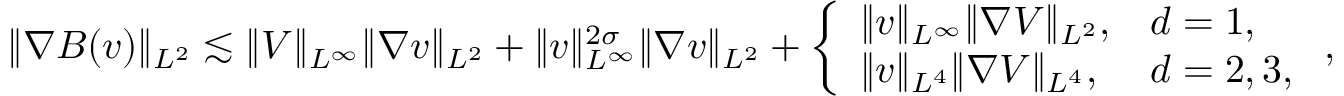
\| \nabla B ( v ) \| _ { L ^ { 2 } } \lesssim \| V \| _ { L ^ { \infty } } \| \nabla v \| _ { L ^ { 2 } } + \| v \| _ { L ^ { \infty } } ^ { 2 \sigma } \| \nabla v \| _ { L ^ { 2 } } + \left\{ \begin{array} { l l } { \| v \| _ { L ^ { \infty } } \| \nabla V \| _ { L ^ { 2 } } , } & { d = 1 , } \\ { \| v \| _ { L ^ { 4 } } \| \nabla V \| _ { L ^ { 4 } } , } & { d = 2 , 3 , } \end{array} \right. ,